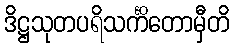
ဒိဋ္ဌသုတပရိသင်္ကိတောမှီတိ